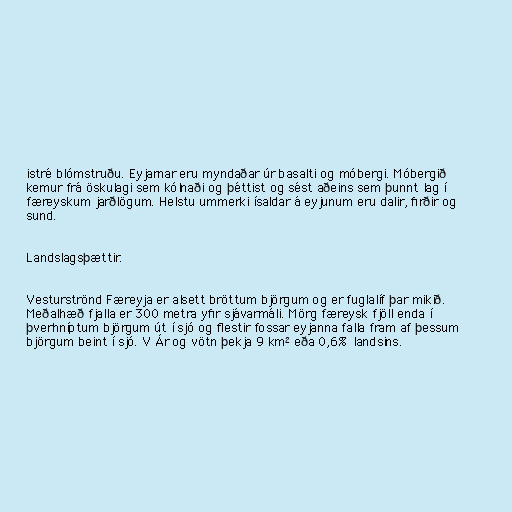
istré blómstruðu. Eyjarnar eru myndaðar úr basalti og móbergi. Móbergið
kemur frá öskulagi sem kólnaði og þéttist og sést aðeins sem þunnt lag í
færeyskum jarðlögum. Helstu ummerki ísaldar á eyjunum eru dalir, firðir og
sund.

Landslagsþættir.

Vesturströnd Færeyja er alsett bröttum björgum og er fuglalíf þar mikið.
Meðalhæð fjalla er 300 metra yfir sjávarmáli. Mörg færeysk fjöll enda í
þverhníptum björgum út í sjó og flestir fossar eyjanna falla fram af þessum
björgum beint í sjó. V Ár og vötn þekja 9 km² eða 0,6% landsins.